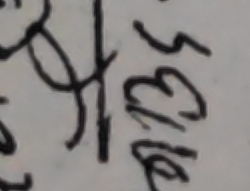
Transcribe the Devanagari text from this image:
५३६